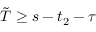
\tilde { T } \ge s - t _ { 2 } - \tau